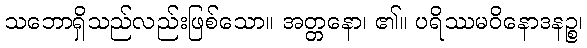
သဘောရှိသည်လည်းဖြစ်သော။ အတ္တနော၊ ၏။ ပရိဿမဝိနောဒနဉ္စ၊